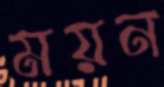
ময়ন